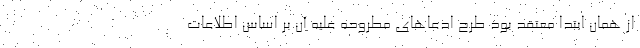
از همان ابتدا معتقد بود طرح ادعاهای مطروحه علیه آن بر اساس اطلاعات